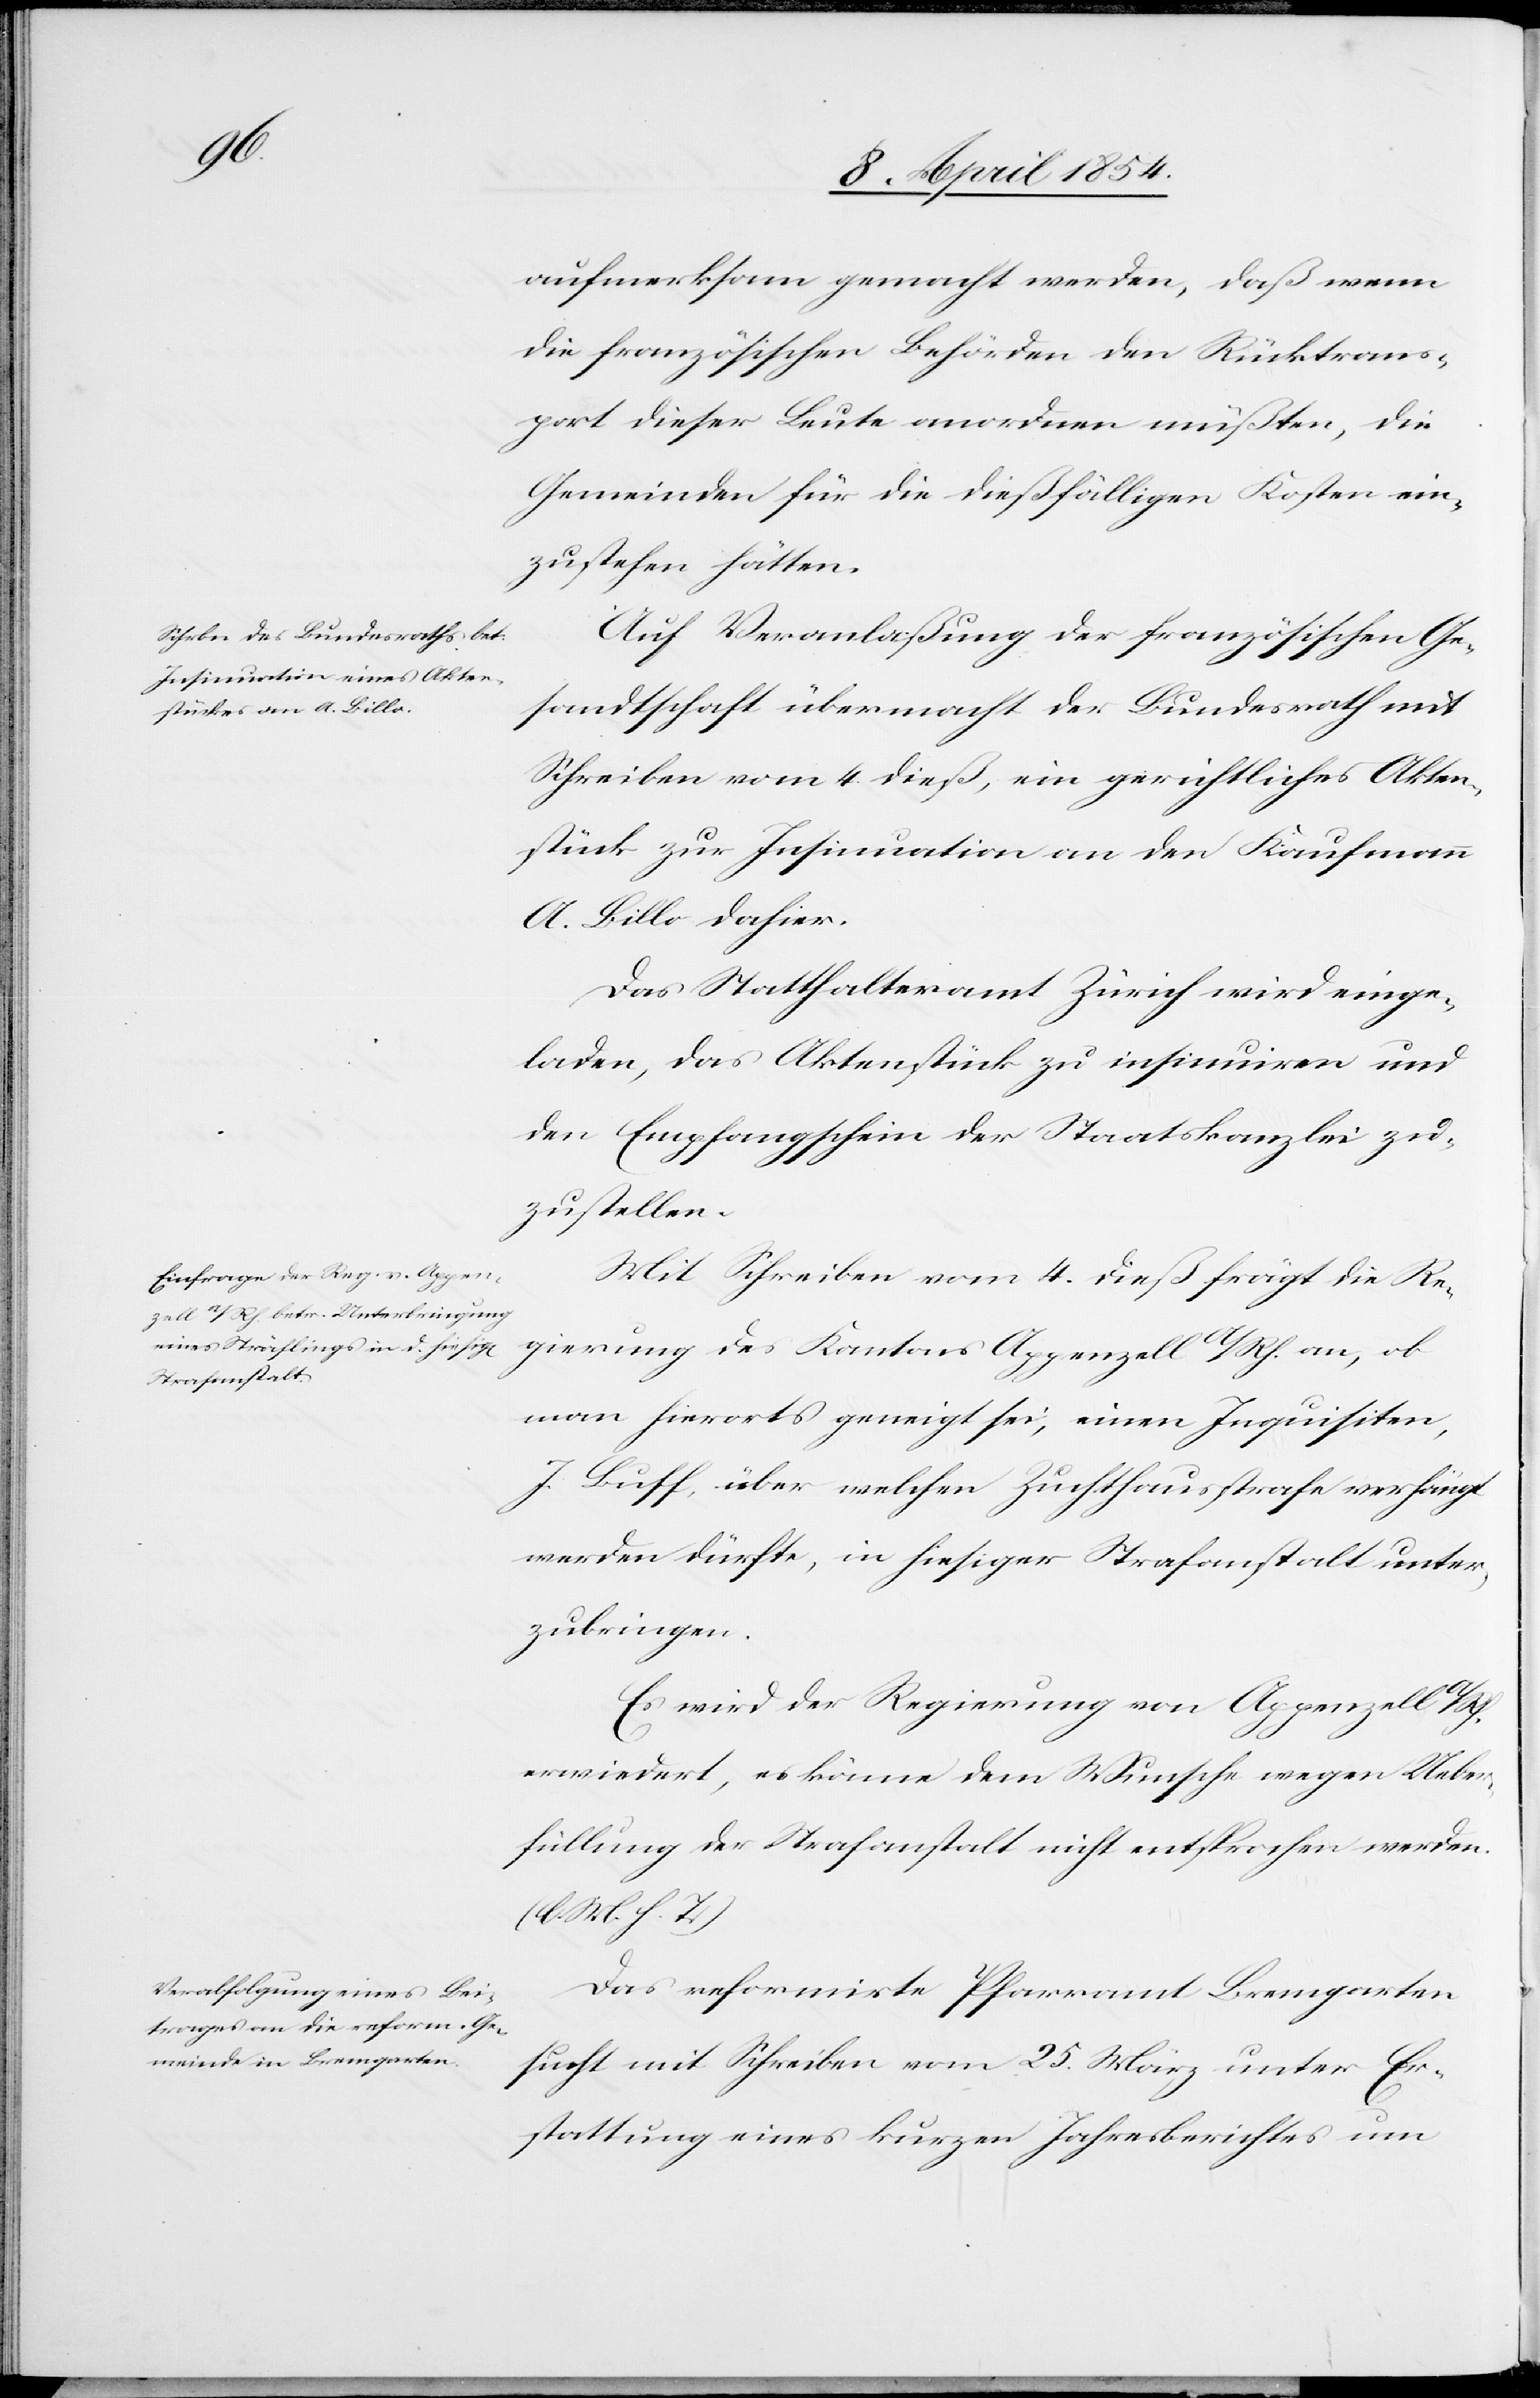
aufmerksam gemacht werden, daß wenn
die französischen Behörden den Rücktrans¬
port dieser Leute anordnen müßten, die
Gemeinden die dießfälligen Kosten ein¬
zustehen hätten.
Auf Veranlaßung der französischen Ge¬
sandtschaft übermacht der Bundesrath mit
Schreiben vom 4. dieß, ein gerichtliches Akten¬
stück zur Insinuation an den Kaufmann
A. Billo dahier.
Das Statthalteramt Zürich wird einge¬
laden das Aktenstück zu insinuiren und
den Empfangschein der Staatskanzlei zu¬
zustellen.
Mit Schreiben vom 4. dieß frägt die Re¬
gierung des Kantons Appenzell A/Rh. an, ob
man hierorts geneigt sei, einen Inquisiten,
J. Buff, über welchen Zuchthausstrafe verhängt
werden dürfte, in hiesiger Strafanstalt unter¬
zubringen.
Es wird der Regierung von Appenzell A/Rh.
erwiedert, es könne dem Wunsch wegen Ueber¬
füllung der Strafanstalt nicht entsprochen werden.
(l. M. h. T.)
Das reformirte Pfarramt Bremgarten
sucht mit Schreiben vom 25. März unter Er¬
stattung eines kurzen Jahresberichtes um